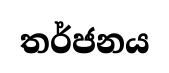
තර්ජනය